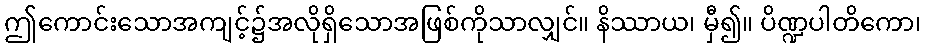
ဤကောင်းသောအကျင့်၌အလိုရှိသောအဖြစ်ကိုသာလျှင်။ နိဿာယ၊ မှီ၍။ ပိဏ္ဍပါတိကော၊